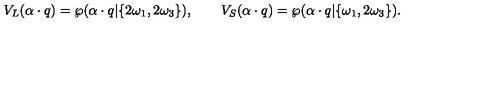
V _ { L } ( \alpha \cdot q ) = \wp ( \alpha \cdot q | \{ 2 \omega _ { 1 } , 2 \omega _ { 3 } \} ) , \qquad V _ { S } ( \alpha \cdot q ) = \wp ( \alpha \cdot q | \{ \omega _ { 1 } , 2 \omega _ { 3 } \} ) .